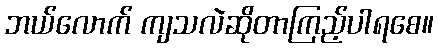
ဘယ်လောက် ကျသလဲဆိုတာကြည့်ပါရစေ။